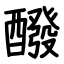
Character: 醱